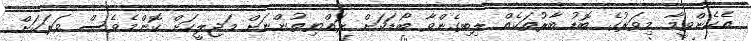
އެހެންވީމާ މިވަރުގެ ބޮޑު ބާރުތަކެއް ލިބިގެންވާ ބޯޑަކަށް ރައްޔިތުންނަށް މަޖިލީހަށް ކޮންމެވެސް ވަރަކަށް